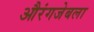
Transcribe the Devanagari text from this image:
औरंगजेबला